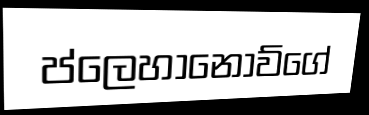
ප්ලෙහානොව්ගේ